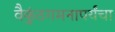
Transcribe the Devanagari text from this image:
वैकुंठगमनापर्यंचा